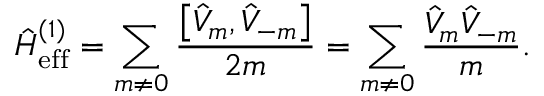
\hat { H } _ { \mathrm { e f f } } ^ { ( 1 ) } = \sum _ { m \neq 0 } \frac { \left[ \hat { V } _ { m } , \hat { V } _ { - m } \right] } { 2 m } = \sum _ { m \neq 0 } \frac { \hat { V } _ { m } \hat { V } _ { - m } } { m } .